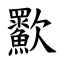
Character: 㱎